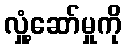
လှုံ့ဆော်မှုကို